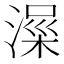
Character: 𱨀